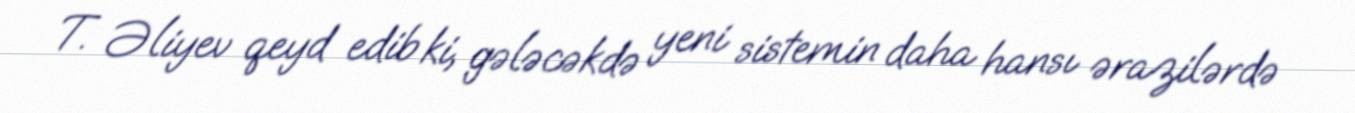
T. Əliyev qeyd edib ki, gələcəkdə yeni sistemin daha hansı ərazilərdə